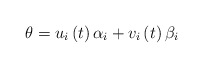
\begin{align*}\theta = u_{i}\left(t\right)\alpha_{i} + v_{i}\left(t\right)\beta_{i}\end{align*}